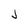
Character: J